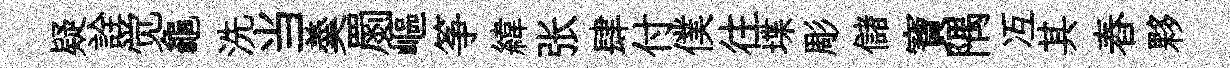
疑詮觉龜洗当羮罽嶇筝緯张肆付僕往堞彫儲寶隅冱其舂夥